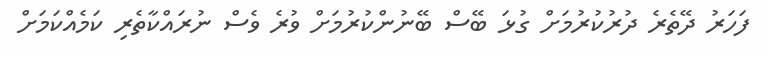
ފަހަރު ދޭތެރެ ދުރުކުރުމަށް ގުޅަ ބޭސް ބޭނުންކުރުމަށް ވުރެ ވެސް ނުރައްކާތެރި ކަމެއްކަމަށް